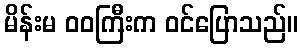
မိန်းမ ဝဝကြီးက ဝင်ပြောသည်။